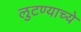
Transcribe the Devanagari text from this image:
लुटण्याच्ये